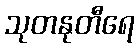
သုတနုတီရေ